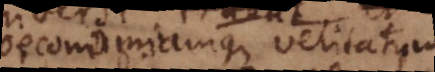
oeconomiamque veritatum